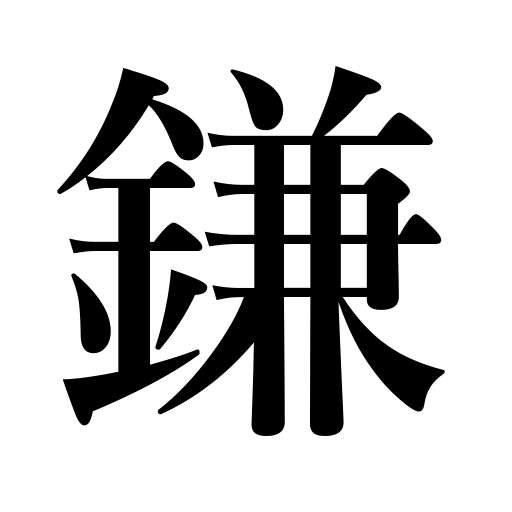
Meanings: trick,scythe,sickle